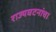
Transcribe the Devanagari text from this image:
राज्यघटनांचा